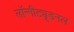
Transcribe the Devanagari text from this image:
लॉन्गीट्यूडनल